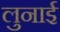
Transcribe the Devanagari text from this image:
लुनाई